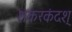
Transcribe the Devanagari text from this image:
शकरकंदश्